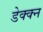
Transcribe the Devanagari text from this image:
डेक्क्न